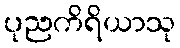
ပုညကိရိယာသု